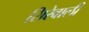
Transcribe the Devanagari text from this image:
सिरेवाली